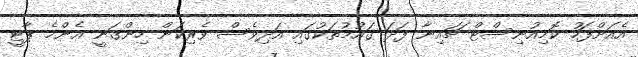
އެއަށްފަހު ކޮމިއުނިސްޓް ޗައިނާ ފަދަ ގައުމުތަކުގައި އަދިވެސް ވެރިކަން ހިންގަނީ އެންމެ ޕާޓީ